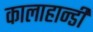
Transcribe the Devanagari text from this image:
कालाहान्डी